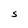
Character: S